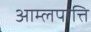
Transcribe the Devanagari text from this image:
आम्लपात्ति